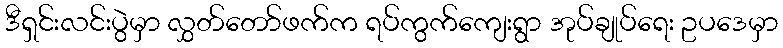
ဒီရှင်းလင်းပွဲမှာ လွှတ်တော်ဖက်က ရပ်ကွက်ကျေးရွာ အုပ်ချုပ်ရေး ဥပဒေမှာ